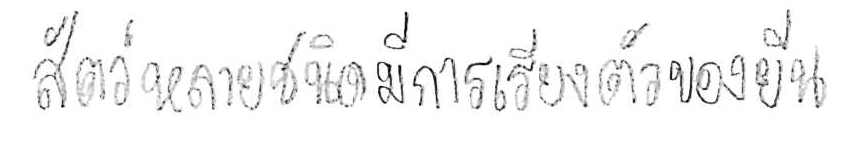
สัตว์หลายชนิดมีการเรียงตัวของยีน